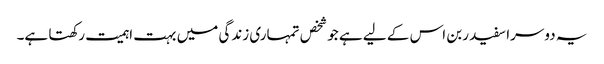
یہ دوسرا سفید ربن اس کے لیے ہے جو شخص تمہاری زندگی میں بہت اہمیت رکھتا ہے۔